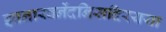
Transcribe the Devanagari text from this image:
इवनारवनेंदनिसदिरयया